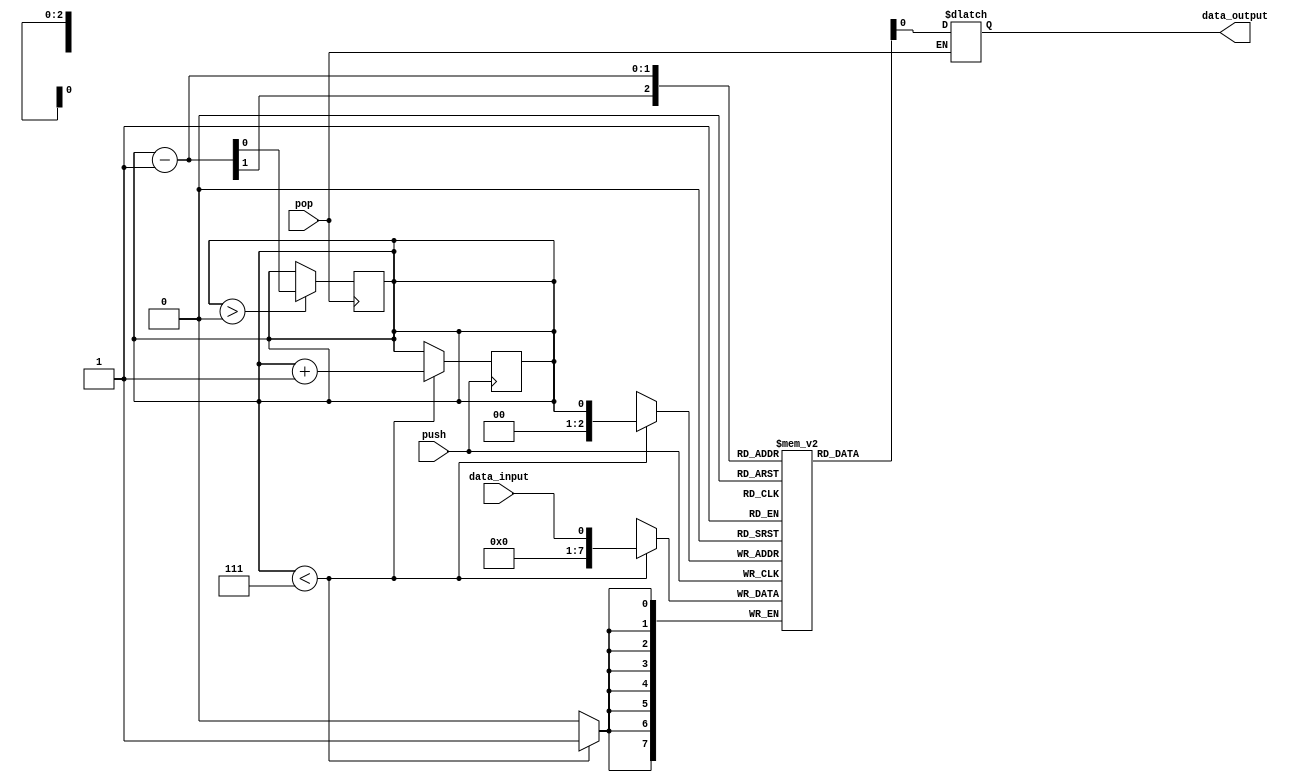
module lifo_sequential(
    input data_input,
    input push,
    input pop,
    output reg data_output
);

reg [7:0] stack [0:7];
reg top = 0;

always @ (posedge push) begin
    if (top < 7) begin
        stack[top] <= data_input;
        top <= top + 1;
    end
end

always @ (posedge pop) begin
    if (top > 0) begin
        top <= top - 1;
    end
end

always @ (*) begin
    if (pop) begin
        data_output <= stack[top-1];
    end
end

endmodule